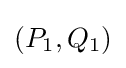
(P_{1},Q_{1})